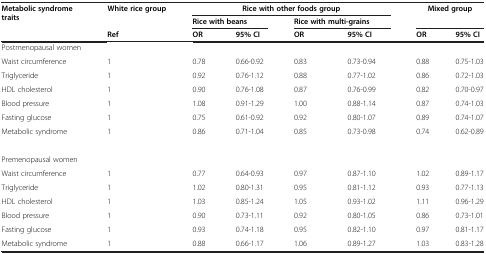
<table><thead><tr><td rowspan="2"><b>Metabolic syndrome traits</b></td><td rowspan="2"><b>White rice group</b></td><td colspan="4"><b>Rice with other foods group</b></td><td rowspan="2" colspan="2"><b>Mixed group</b></td></tr><tr><td colspan="2"><b>Rice with beans</b></td><td colspan="2"><b>Rice with multi-grains</b></td></tr></thead><tbody><tr><td> </td><td><b>Ref</b></td><td><b>OR</b></td><td><b>95% CI</b></td><td><b>OR</b></td><td><b>95% CI</b></td><td><b>OR</b></td><td><b>95% CI</b></td></tr><tr><td>Postmenopausal women</td><td> </td><td> </td><td> </td><td> </td><td> </td><td> </td><td> </td></tr><tr><td>Waist circumference</td><td>1</td><td>0.78</td><td>0.66-0.92</td><td>0.83</td><td>0.73-0.94</td><td>0.88</td><td>0.75-1.03</td></tr><tr><td>Triglyceride</td><td>1</td><td>0.92</td><td>0.76-1.12</td><td>0.88</td><td>0.77-1.02</td><td>0.86</td><td>0.72-1.03</td></tr><tr><td>HDL cholesterol</td><td>1</td><td>0.90</td><td>0.76-1.08</td><td>0.87</td><td>0.76-0.99</td><td>0.82</td><td>0.70-0.97</td></tr><tr><td>Blood pressure</td><td>1</td><td>1.08</td><td>0.91-1.29</td><td>1.00</td><td>0.88-1.14</td><td>0.87</td><td>0.74-1.03</td></tr><tr><td>Fasting glucose</td><td>1</td><td>0.75</td><td>0.61-0.92</td><td>0.92</td><td>0.80-1.07</td><td>0.89</td><td>0.74-1.07</td></tr><tr><td>Metabolic syndrome</td><td>1</td><td>0.86</td><td>0.71-1.04</td><td>0.85</td><td>0.73-0.98</td><td>0.74</td><td>0.62-0.89</td></tr><tr><td> </td><td> </td><td> </td><td> </td><td> </td><td> </td><td> </td><td> </td></tr><tr><td>Premenopausal women</td><td> </td><td> </td><td> </td><td> </td><td> </td><td> </td><td> </td></tr><tr><td>Waist circumference</td><td>1</td><td>0.77</td><td>0.64-0.93</td><td>0.97</td><td>0.87-1.10</td><td>1.02</td><td>0.89-1.17</td></tr><tr><td>Triglyceride</td><td>1</td><td>1.02</td><td>0.80-1.31</td><td>0.95</td><td>0.81-1.12</td><td>0.93</td><td>0.77-1.13</td></tr><tr><td>HDL cholesterol</td><td>1</td><td>1.03</td><td>0.85-1.24</td><td>1.05</td><td>0.93-1.02</td><td>1.11</td><td>0.96-1.29</td></tr><tr><td>Blood pressure</td><td>1</td><td>0.90</td><td>0.73-1.11</td><td>0.92</td><td>0.80-1.05</td><td>0.86</td><td>0.73-1.01</td></tr><tr><td>Fasting glucose</td><td>1</td><td>0.93</td><td>0.74-1.18</td><td>0.95</td><td>0.82-1.10</td><td>0.97</td><td>0.81-1.17</td></tr><tr><td>Metabolic syndrome</td><td>1</td><td>0.88</td><td>0.66-1.17</td><td>1.06</td><td>0.89-1.27</td><td>1.03</td><td>0.83-1.28</td></tr></tbody></table>